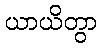
ယာယိတွာ